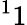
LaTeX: ^11